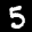
Label: 5